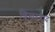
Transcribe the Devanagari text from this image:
शिखरबध्द